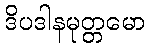
ဒိပဒါနမုတ္တမော